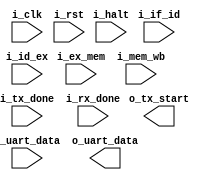
`timescale 1ns / 1ps
//////////////////////////////////////////////////////////////////////////////////
// Company: 
// Engineer: 
// 
// Design Name: 
// Module Name: debug_unit
// Project Name: 
// Target Devices: 
// Tool Versions: 
// Description: 
// 
// Dependencies: 
// 
// Revision:
// Revision 0.01 - File Created
// Additional Comments:
// 
//////////////////////////////////////////////////////////////////////////////////


module debug_unit
     #(
        parameter LEN = 32,
        parameter LEN_UART= 8,
        parameter CANT_REG = 16,
        parameter CANT_MEM = 10,
        parameter NB_IF_ID = 96,
        parameter NB_ID_EX = 160,
        parameter NB_EX_MEM = 128,
        parameter NB_MEM_WB = 96
    )
    (
        input i_clk,
        input i_rst,
        input i_halt,
        input [NB_IF_ID-1:0] i_if_id,
        input [NB_ID_EX-1:0] i_id_ex,
        input [NB_EX_MEM-1:0] i_ex_mem,
        input [NB_MEM_WB-1:0] i_mem_wb,
        input i_tx_done, //Fin de la transmision
        input i_rx_done, //Fin de la recepcion
        input [LEN_UART-1:0] i_uart_data, //Dato recibido del RX
        output o_tx_start,  //Voy a comenzar a transmitir
        output [LEN_UART-1:0] o_uart_data //Dato a transmitir por TX
    );

 /*
    Estados
  */
  localparam [2:0]  IDLE           = 3'b 000,   //Espera por senial start
                    PROGRAMMING    = 3'b 001,   //Recepcion instr. hasta deteccion de halt
                    WAITING        = 3'b 010,   //Seleccion de modo de operacion
                    STEP_BY_STEP   = 3'b 011,   //Modo step by step
                    SENDING_DATA   = 3'b 100,   //Envio de datos
                    CONTINUOUS     = 3'b 101;   //Modo continuo

  localparam [2:0]  SUB_INIT       = 3'b 000,  //Sublogica de recepcion de instrucciones
                    SUB_READ_1     = 3'b 001,  
                    SUB_READ_2     = 3'b 010,
                    SUB_READ_3     = 3'b 011,
                    SUB_READ_4     = 3'b 100,
                    SUB_WRITE_MEM  = 3'b 101; 
    
    
endmodule